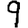
Digit: 9